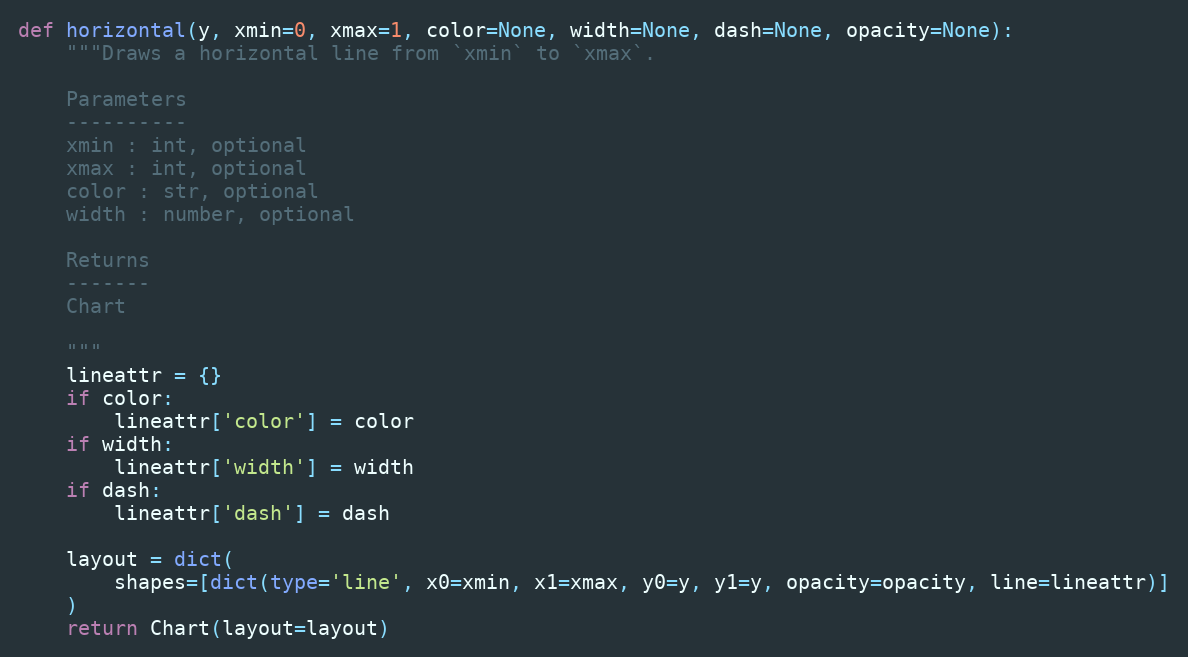
Language: Python
def horizontal(y, xmin=0, xmax=1, color=None, width=None, dash=None, opacity=None):
    """Draws a horizontal line from `xmin` to `xmax`.

    Parameters
    ----------
    xmin : int, optional
    xmax : int, optional
    color : str, optional
    width : number, optional

    Returns
    -------
    Chart

    """
    lineattr = {}
    if color:
        lineattr['color'] = color
    if width:
        lineattr['width'] = width
    if dash:
        lineattr['dash'] = dash

    layout = dict(
        shapes=[dict(type='line', x0=xmin, x1=xmax, y0=y, y1=y, opacity=opacity, line=lineattr)]
    )
    return Chart(layout=layout)